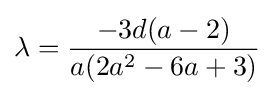
\lambda ={\frac {-3d(a-2)}{a(2a^{2}-6a+3)}}